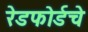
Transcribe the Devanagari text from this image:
रेडफोर्डचे